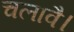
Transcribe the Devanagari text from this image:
चलावै।